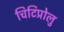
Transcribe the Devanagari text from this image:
चिटिप्रोलु